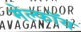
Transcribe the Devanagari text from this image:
मेल्फॉय